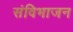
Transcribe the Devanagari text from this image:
संविभाजन